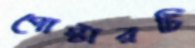
পোস্টারটি